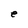
Character: e